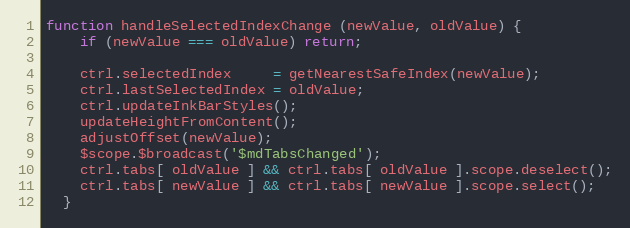
Language: JavaScript
function handleSelectedIndexChange (newValue, oldValue) {
    if (newValue === oldValue) return;

    ctrl.selectedIndex     = getNearestSafeIndex(newValue);
    ctrl.lastSelectedIndex = oldValue;
    ctrl.updateInkBarStyles();
    updateHeightFromContent();
    adjustOffset(newValue);
    $scope.$broadcast('$mdTabsChanged');
    ctrl.tabs[ oldValue ] && ctrl.tabs[ oldValue ].scope.deselect();
    ctrl.tabs[ newValue ] && ctrl.tabs[ newValue ].scope.select();
  }